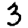
Digit: 3